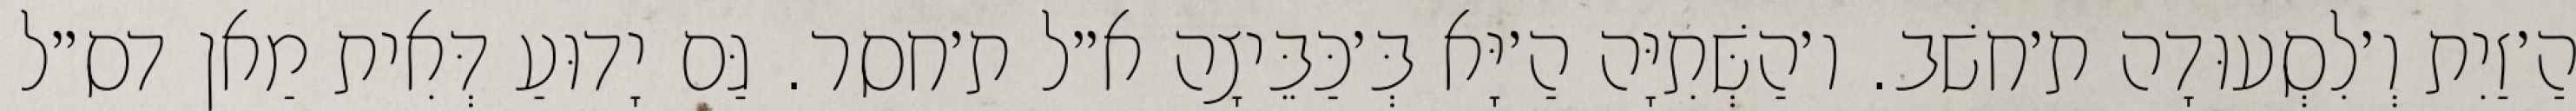
הַ׳זַיִת וְ׳לִסְעוּדָה ת׳חשׁב. ו׳הַשְּׁתִיָּה הַ׳יָּא בְּ׳כַּבֵּיצָה א״ל ת׳חסר. גַּם יָדוּעַ דְּאִית מַאן דס״ל